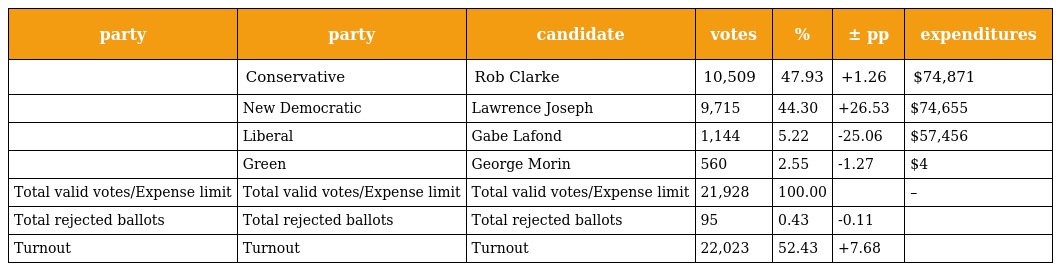
| party | party | candidate | votes | % | ± pp | expenditures |
 | --- | --- | --- | --- | --- | --- | --- |
 |  | Conservative | Rob Clarke | 10,509 | 47.93 | +1.26 | $74,871 |
 |  | New Democratic | Lawrence Joseph | 9,715 | 44.30 | +26.53 | $74,655 |
 |  | Liberal | Gabe Lafond | 1,144 | 5.22 | -25.06 | $57,456 |
 |  | Green | George Morin | 560 | 2.55 | -1.27 | $4 |
 | Total valid votes/Expense limit | Total valid votes/Expense limit | Total valid votes/Expense limit | 21,928 | 100.00 |  | – |
 | Total rejected ballots | Total rejected ballots | Total rejected ballots | 95 | 0.43 | -0.11 |  |
 | Turnout | Turnout | Turnout | 22,023 | 52.43 | +7.68 |  |